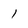
Character: l